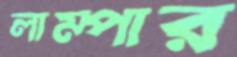
লাম্পার